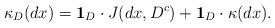
LaTeX: \begin{align*}\kappa_D(dx)=\mathbf1_D \cdot J(dx,D^c)+\mathbf1_D\cdot \kappa(dx).\end{align*}